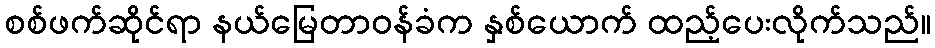
စစ်ဖက်ဆိုင်ရာ နယ်မြေတာဝန်ခံက နှစ်ယောက် ထည့်ပေးလိုက်သည်။